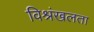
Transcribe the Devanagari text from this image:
विश्रंखलता